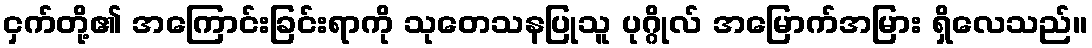
ငှက်တို့၏ အကြောင်းခြင်းရာကို သုတေသနပြုသူ ပုဂ္ဂိုလ် အမြောက်အမြား ရှိလေသည်။